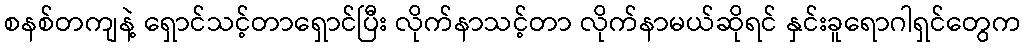
စနစ်တကျနဲ့ ရှောင်သင့်တာရှောင်ပြီး လိုက်နာသင့်တာ လိုက်နာမယ်ဆိုရင် နှင်းခူရောဂါရှင်တွေက